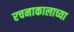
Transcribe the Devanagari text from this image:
रचनाकालाच्या